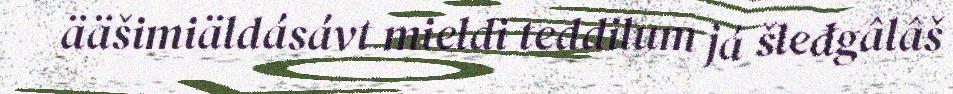
ääšimiäldásávt mieldi teddilum já šleđgâlâš